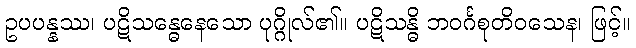
ဥပပန္နဿ၊ ပဋိသန္ဓေနေသော ပုဂ္ဂိုလ်၏။ ပဋိသန္ဓိ ဘဝင်္ဂစုတိဝသေန၊ ဖြင့်။